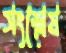
সংশ্লেষ